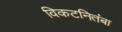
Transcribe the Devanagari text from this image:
विकटनितंबा